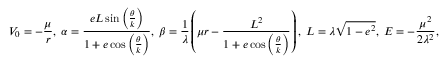
V _ { 0 } = - \frac { \mu } { r } , \; \alpha = \frac { e L \sin \left( \frac { \theta } { k } \right) } { 1 + e \cos \left( \frac { \theta } { k } \right) } , \; \beta = \frac { 1 } { \lambda } \left( \mu r - \frac { L ^ { 2 } } { 1 + e \cos \left( \frac { \theta } { k } \right) } \right) , \; L = \lambda \sqrt { 1 - e ^ { 2 } } , \; E = - \frac { \mu ^ { 2 } } { 2 \lambda ^ { 2 } } ,